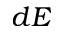
d E